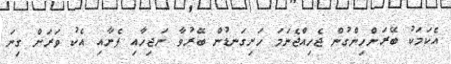
އެކަމަކު ބޭރަށްހިންގުން ޖެހިއްޖެނަމަ ހަށިގަނޑުން ބޭރުވާ ނަޖިހާއި ފެނާއި އެކު ވަރަށް ގިނަ